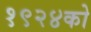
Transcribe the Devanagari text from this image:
१९२४को